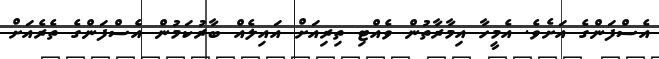
އެސްފަންގެ އަށެވެ. އެމީހާ އިމާރާތުން ވެއްޓި ތިރިއަށް އައިލެއް ބާރުކަމުން އެސްފަންގެ ތެރެއަށް